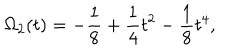
LaTeX: \Omega _ { 2 } ( t ) = - { \frac { 1 } { 8 } } + { \frac { 1 } { 4 } } t ^ { 2 } - { \frac { 1 } { 8 } } t ^ { 4 } ,